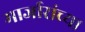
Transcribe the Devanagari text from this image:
मार्जारांच्या